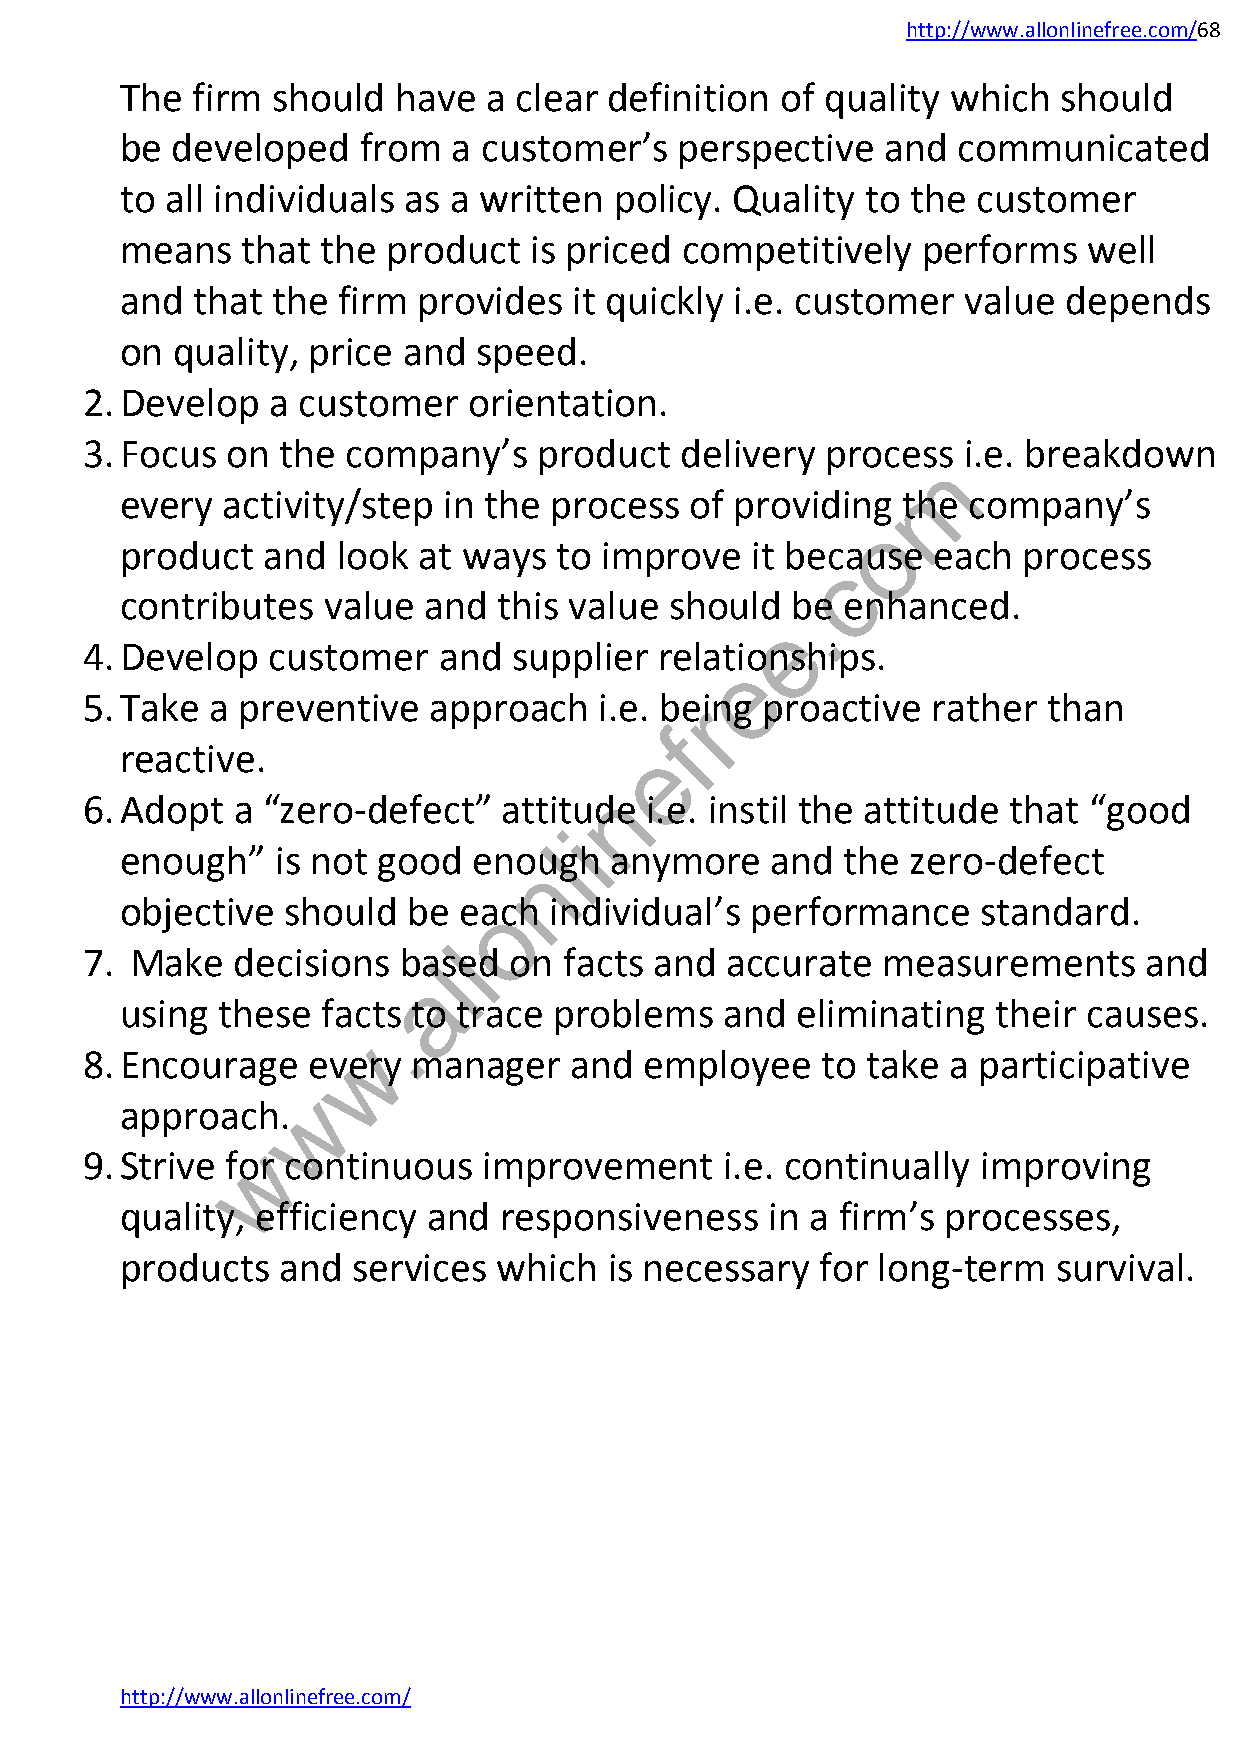
http://www.allonlinefree.com/68
 The  firm should  have  a clear definition  of quality which  should
 be developed    from  a customer’s   perspective  and  communicated
 to all individuals as a written  policy. Quality to the  customer
 means   that the  product  is priced competitively   performs   well
 and  that the firm  provides  it quickly i.e. customer  value  depends
 on quality, price  and  speed.
 2. Develop   a customer   orientation.
 3. Focus  on  the company’s    product  delivery  process  i.e. breakdown
 m
 every  activity/step in the process   of providing  the company’s
 o
 product  and  look  at ways  to improve   it because  each  process
 c
 contributes  value  and  this value should  .be enhanced.
 e
 4. Develop   customer   and  supplier  relationships.
 e
 5. Take  a preventive  approach    i.e. bering proactive rather than
 f
 reactive.                          e
 n
 6. Adopt  a “zero-defect”   attitude  i.e. instil the attitude that “good
 i
 l
 enough”   is not good  enough   anymore    and  the zero-defect
 n
 objective  should  be eaoch individual’s  performance    standard.
 l
 7.  Make   decisions balsed  on facts and  accurate  measurements      and
 a
 using these  facts to trace  problems   and  eliminating  their causes.
 .
 w
 8. Encourage   every  manager    and  employee   to take  a participative
 w
 approach.
 w
 9. Strive for continuous   improvement     i.e. continually improving
 quality, efficiency and  responsiveness    in a firm’s processes,
 products   and services  which  is necessary  for long-term   survival.
 http://www.allonlinefree.com/